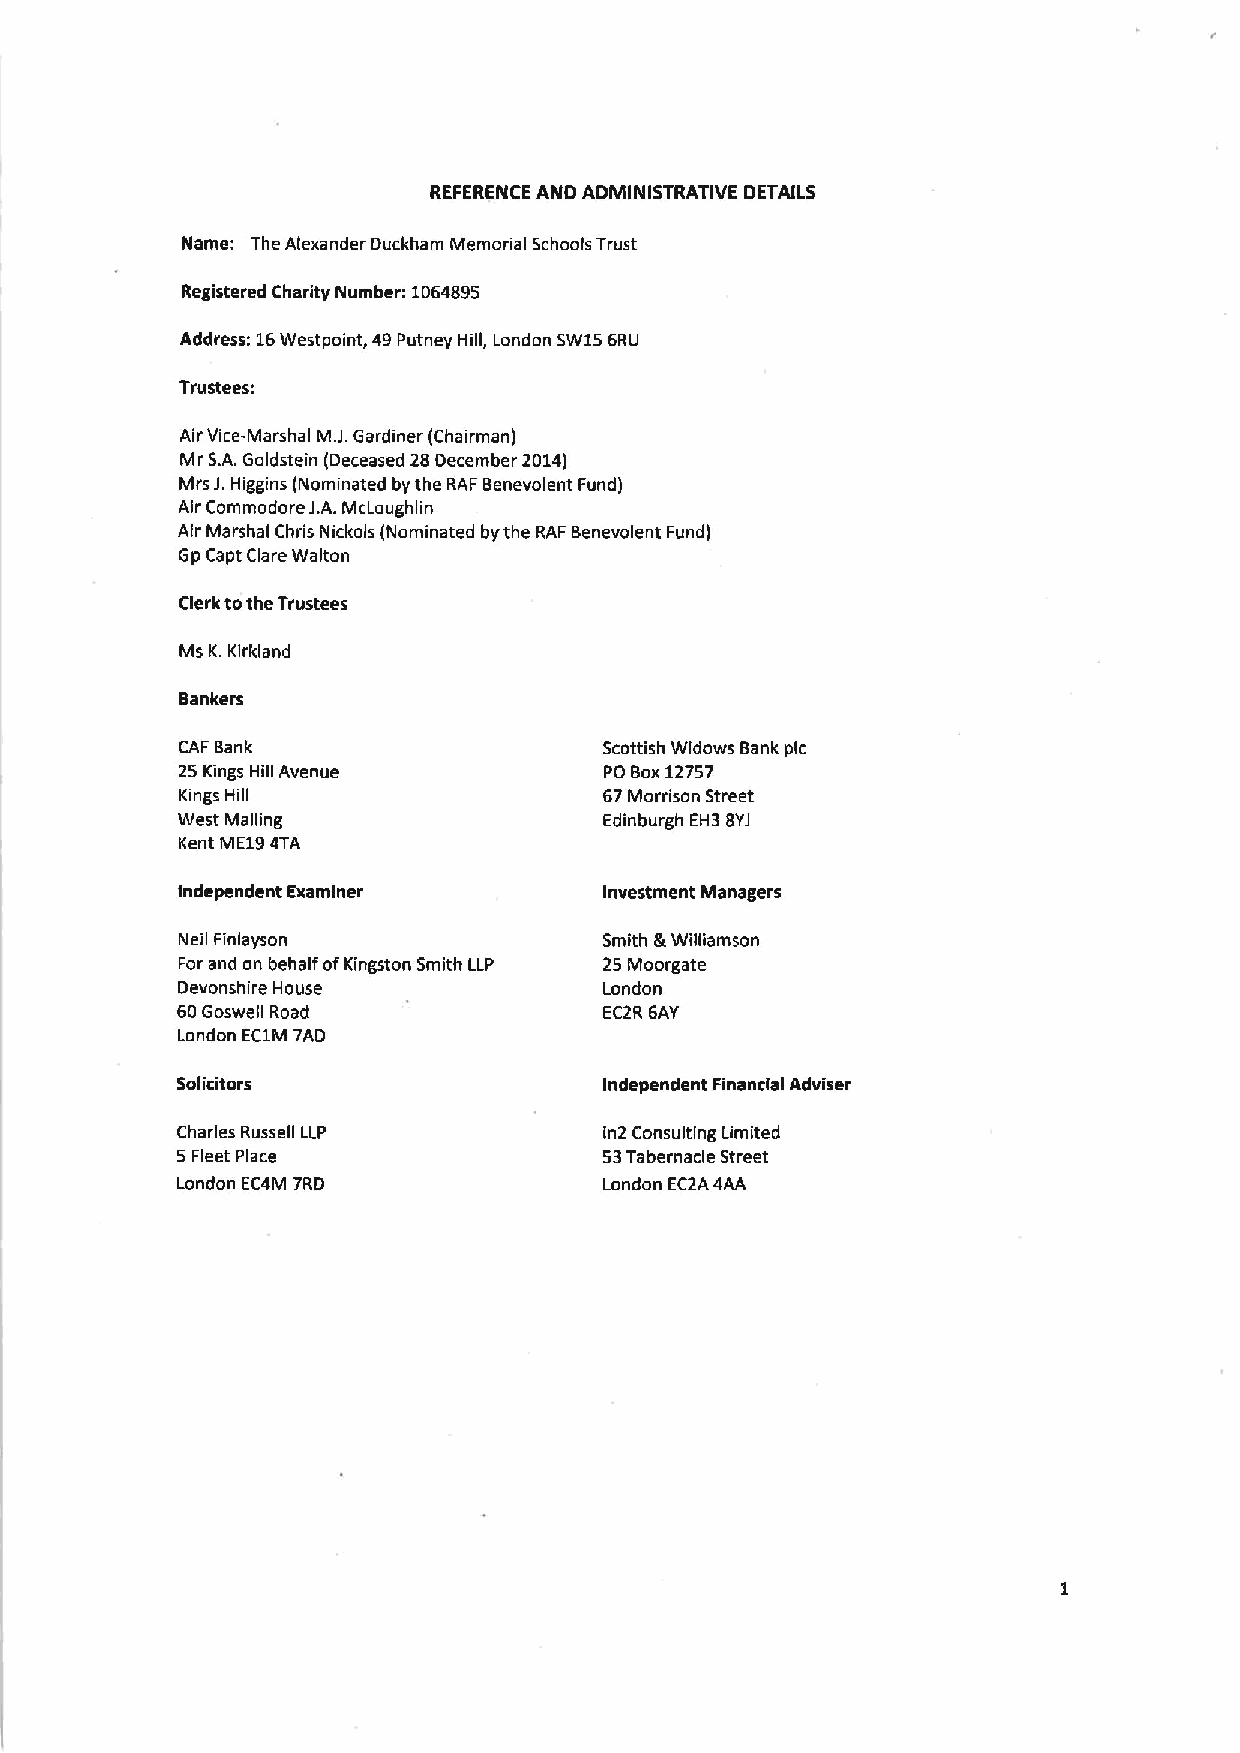
REFERENCE AND ADMINISTRATIVE DETAILS
 Name: The Alexander Duckham Memorial Schools Trust
 Registered Charity Number: 1064895
 Address: 16Westpoint, 49Putney Hill, London SW156RIJ
 Trustees:
 Air Vice-Marshal M.J.Gardiner (Chairman)
 Mr S.A.Goldstein (Deceased 28December 2014)
 Mrs J.Higgins (Nominated by the RAF Benevolent Fund)
 Air Commodore J.A.McLoughlin
 Air Marshal Chris Nickols (Nominated bythe RAF Benevolent Fund)
 Gp Capt Clare Walton
 Clerk tothe Trustees
 Ms K.Kirkland
 Bankers
 CAF Bank                    Scottish Widows Bank pic
 25 Kings Hill Avenue        PO Box12757
 Kings Hill                  67Morrison Street
 West Mailing                Edinburgh EH3 BYJ
 Kent ME194TA
 Independent Examiner        Investment Managers
 Neil Finlayson              SmJth gr WRIJamson
 Forand on behalf ofKingston Smith LLP 25 Moorgate
 Devonshire House            London
 60Goswell Road              EC2R 6AY
 London EC1M 7AD
 Solicitors                  Independent Financial Adviser
 Charles Russell LLP         in2 Consulting Limited
 5 Fleet Place               53Tabernacle Street
 London EC4M 7RD             London EC2A4AA